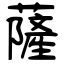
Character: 薩